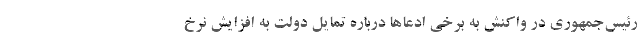
رئیس‌جمهوری در واکنش به برخی ادعاها درباره تمایل دولت به افزایش نرخ